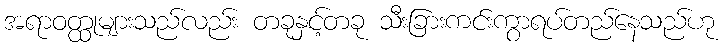
အရာဝတ္ထုများသည်လည်း တခုနှင့်တခု သီးခြားကင်းကွာရပ်တည်နေသည်ဟု